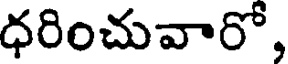
ధరించువారో,